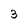
Character: 3